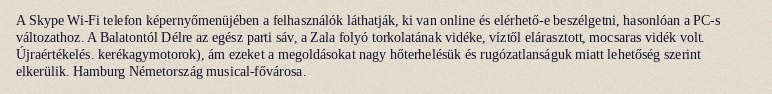
A Skype Wi-Fi telefon képernyőmenüjében a felhasználók láthatják, ki van online és elérhető-e beszélgetni, hasonlóan a PC-s változathoz. A Balatontól Délre az egész parti sáv, a Zala folyó torkolatának vidéke, víztől elárasztott, mocsaras vidék volt. Újraértékelés. kerékagymotorok), ám ezeket a megoldásokat nagy hőterhelésük és rugózatlanságuk miatt lehetőség szerint elkerülik. Hamburg Németország musical-fővárosa.